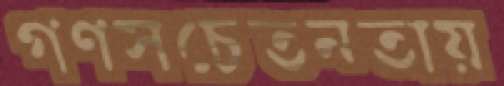
গণসচেতনতায়